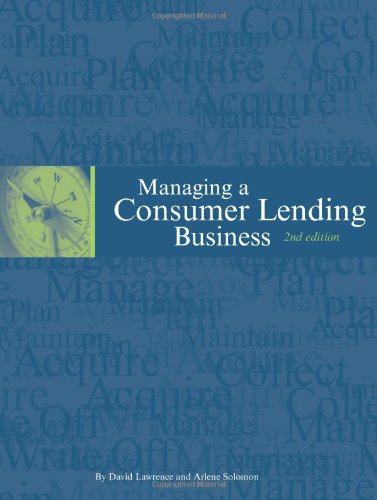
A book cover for Managing a Consumer Lending Business, 2nd edition; David Lawrence; Business & Money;